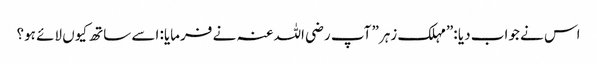
اس نے جواب دیا :”مہلک زہر” آپ رضی اللہ عنہ نے فرمایا: اسے ساتھ کیوں لائے ہو؟